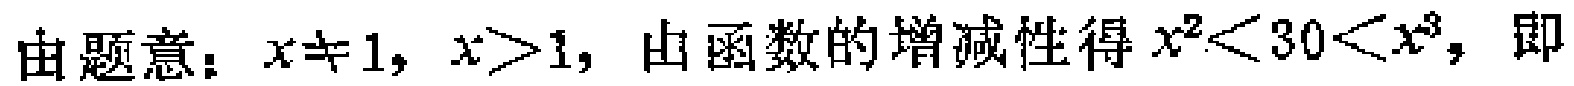
由题意：\(x\neq 1\)，\(x>1\)，由函数的增减性得\(x^{2}<30<x^{3}\)，即